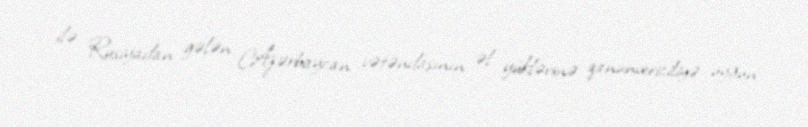
ilə Rusiyadan gələn Azərbaycan vətəndaşının əl yüklərinə qanunvericiliyə uyğun